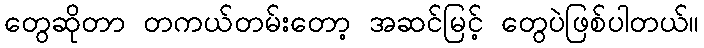
တွေဆိုတာ တကယ်တမ်းတော့ အဆင်မြင့် တွေပဲဖြစ်ပါတယ်။